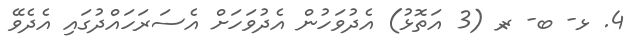
4. ޅ- ބ- ރ- (3 އަތޮޅު) އެދުވަހުން އެދުވަހަށް އެސަރަހައްދުގައި އެދެވޭ